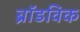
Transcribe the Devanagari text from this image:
ब्रॉडविक